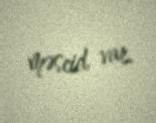
məscid var.